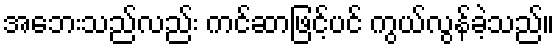
အဘေးသည်လည်း ကင်ဆာဖြင့်ပင် ကွယ်လွန်ခဲ့သည်။